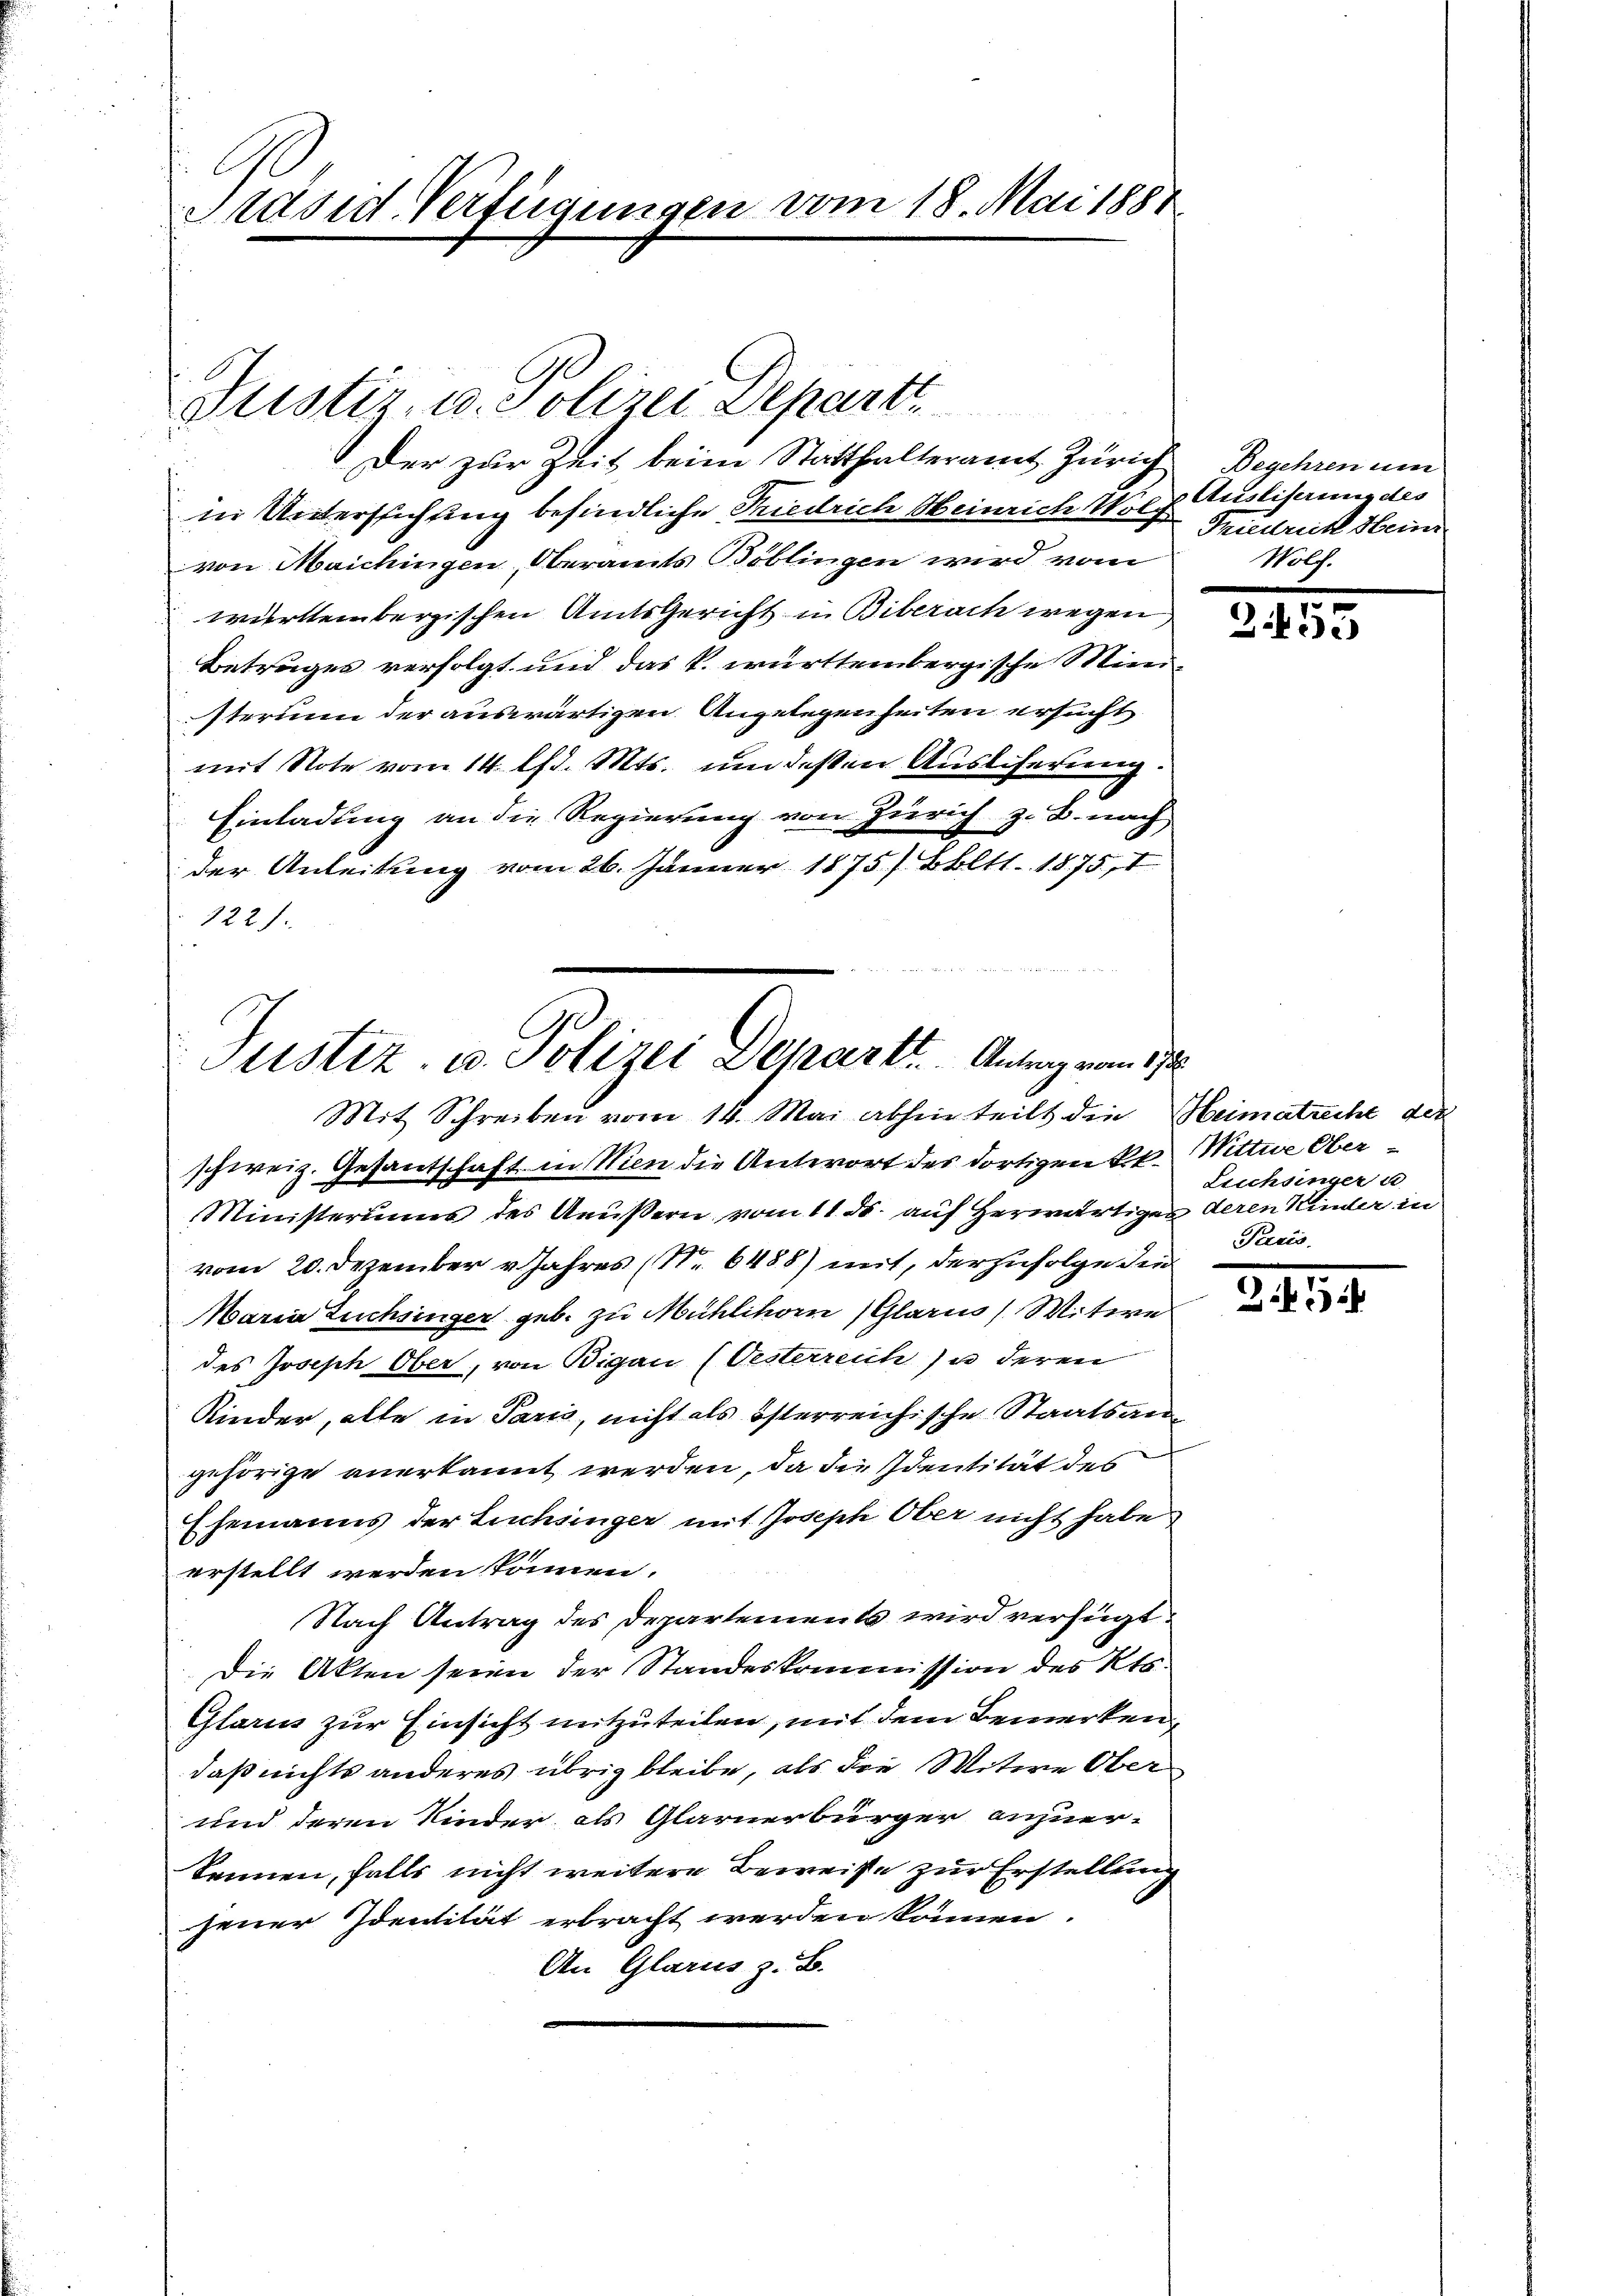
t
Präsid. Verfügungen vom 18. Mai 1888.

Justiz, u. Polizei Depart
Der zur Zeit beim Statthalteramt Zürich Begehren um
in Untersuchung befindliche Friedrich Heinrich Wolch
von Maichingen, Oberamts Böblingen wird vom
württembergischen Amtsgericht in Biberach wegen
Betruges verfolgt und das k. württembergische Ministerium der auswärtigen Angelegenheiten ersucht
mit Note vom 14. lfd. Mts. um deßen Ausliserung:
Einladung an die Regierung von Zürich z. B. nach,
der Anleitung vom 26. Jänner 1875/ Bbltt. 1875, I
122.

Justiz- u. Polizei Departt.   Antrag vom 17te

Mit Schreiben vom 14. Mai abhin teilt die Heimatrecht der
schweiz. Gesantschaft in Wien die Antwort des dortigen kk. Mittwe Ober¬
Ministeriums des Aeußern vom 11. ds. auf herwärtiger deren Kinder in
vom 20. Dezember v. Jahres (Nr. 6488) mit, der zufolge die
Maria Zuchinger geb. zu Mühlhorn (Glarus, Witwe
des Joseph Ober, von Bigau (Oesterreich zu deren
Kinder, alle in Paris, nicht als österreichische Staatsangehörige anerkannt werden, da die Identität des
Ehemanns der Luchsinger mit Joseph Ober nicht habe
erstellt werden können.
Nach Antrag des Departements wird verfügt
Die Akten seien der Standeskommission des Kts.
Glarus zur Einsicht mitzuteilen, mit dem Bemerken,
daß nichts anderes übrig bleibe, als die Witwe Ober
und deren Kinder als Glarnerbürger anzuer-
kennen, falls nicht weitere Beweise zur Erstellung
jener Identität erbracht werden können.
An Glarus z. B.

Ausliserung des
Friedrich Hein
Hölch.

2.455

Leichsinger u.
Pacis.

281